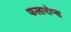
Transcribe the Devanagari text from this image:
फलारोप्स